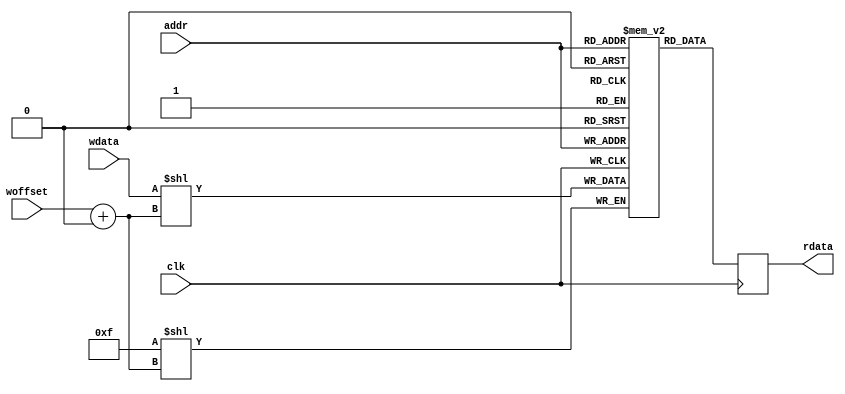
module memtest07(clk, addr, woffset, wdata, rdata);
input clk;
input [1:0] addr;
input [3:0] wdata;
input [1:0] woffset;
output reg [7:0] rdata;
reg [7:0] mem [0:3];
integer i;
always @(posedge clk) begin
	mem[addr][woffset +: 4] <= wdata;
	rdata <= mem[addr];
end
endmodule